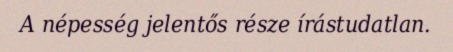
A népesség jelentős része írástudatlan.